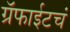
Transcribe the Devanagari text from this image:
ग्रॅफाईटचं